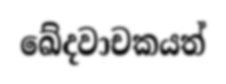
ඛේදවාචකයත්